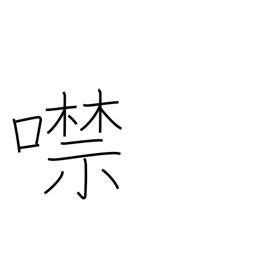
Meaning: shut up